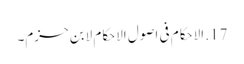
17. الاحکام فی اصول الاحکام لابن حزم۔